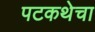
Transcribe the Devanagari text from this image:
पटकथेचा